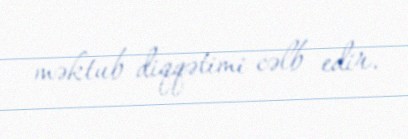
məktub diqqətimi cəlb edir.